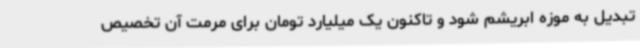
تبدیل به موزه ابریشم شود و تاکنون یک میلیارد تومان برای مرمت آن تخصیص